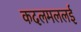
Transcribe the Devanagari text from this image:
कदलमललई